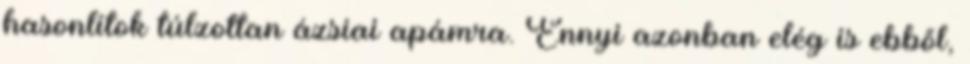
hasonlítok túlzottan ázsiai apámra. Ennyi azonban elég is ebből,